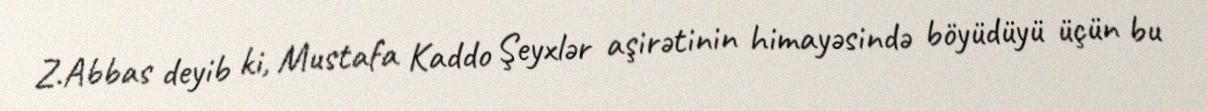
Z.Abbas deyib ki, Mustafa Kaddo Şeyxlər aşirətinin himayəsində böyüdüyü üçün bu